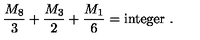
{ \frac { M _ { 8 } } { 3 } } + { \frac { M _ { 3 } } { 2 } } + { \frac { M _ { 1 } } { 6 } } = \mathrm { i n t e g e r } \ .